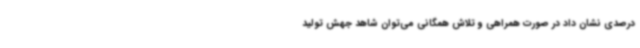
درصدی نشان داد در صورت همراهی و تلاش همگانی می‌توان شاهد جهش تولید